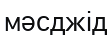
мәсджід